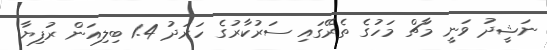
ނަޝީދު ވަނީ މާޗް މަހުގެ ތެރޭގައި ސަރުކާރުގެ ހަރަދު 1.4 ބިލިއަން ރުފިޔާ